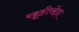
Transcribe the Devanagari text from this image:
खूहीखेड़ा